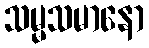
သမ္မသမာနော